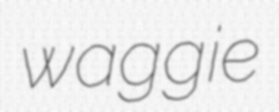
waggie